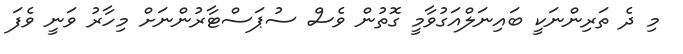
މި ދެ ތަރިންނަކީ ބައިނަލްއަގުވާމީ ގޮތުން ވެސް ސުޕަސްޓާރުންނަށް މިހާރު ވަނީ ވެފަ